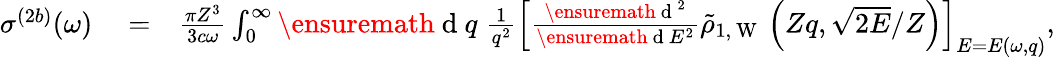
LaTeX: \begin{array}{rlr}{\sigma^{(2b)}(\omega)}&{{}=}&{\frac{\pi Z^{3}}{3c\omega}\int_{0}^{\infty}\ensuremath{\mathrm{~d~}}q\; \frac{1}{q^{2}}\left[\frac{\ensuremath{\mathrm{~d~}}^{2}}{\ensuremath{\mathrm{~d~}}E^{2}}\tilde{\rho}_{1,\mathrm{~W~}}\left(Zq,\sqrt{2E}/Z\right)\right]_{E=E(\omega,q)},}\end{array}